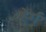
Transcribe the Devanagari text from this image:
हेर्ग